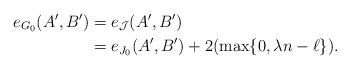
LaTeX: \begin{align*}e_{G_0}(A',B') & =e_{\mathcal{J}}(A',B') \\& =e_{J_0}(A',B')+2(\max\{0,\lambda n-\ell\}). \end{align*}